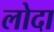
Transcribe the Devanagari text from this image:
लोदा